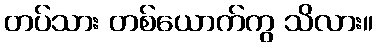
တပ်သား တစ်ယောက်ကွ သိလား။